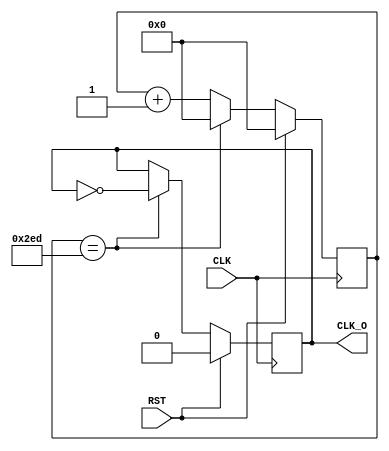
`timescale 1ns / 1ps
//////////////////////////////////////////////////////////////////////////////////
// Company: 
// Engineer: 
// 
// Design Name: 
// Module Name: CLKDIV_66_67
// Project Name: 
// Target Devices: 
// Tool Versions: 
// Description: 
// 
// Dependencies: 
// 
// Revision:
// Revision 0.01 - File Created
// Additional Comments:
// 
//////////////////////////////////////////////////////////////////////////////////


module CLKDIV_66_67(
    input CLK,
    input RST,
    output reg CLK_O
    );
    
    parameter cnt_max=749;//value to toggle the clock output
    reg [9:0] cnt;//current count 
    
    always @ (posedge CLK)begin//operations about cnt
        if(RST) cnt<=0;
        else if (cnt==cnt_max) cnt<=10'b0;
        else cnt<=cnt+1'b1;
    end
    
    always @ (posedge CLK)begin//operations about CLK_O
        if(RST) CLK_O<=1'b0;
        else if (cnt==cnt_max) CLK_O<=~CLK_O;
        else CLK_O<=CLK_O;
    end
    
endmodule